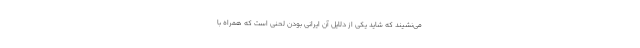
می‌نشیند که شاید یکی از دلایل آن ایرانی بودن لحنی است که همراه با